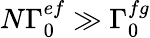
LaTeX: N\Gamma_{0}^{ef}\gg\Gamma_{0}^{fg}